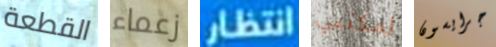
القطعة زعماء انتظار لمكتبي جرايسون